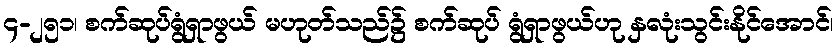
၄-၂၅၁၊ စက်ဆုပ်ရွံရှာဖွယ် မဟုတ်သည်၌ စက်ဆုပ် ရွံရှာဖွယ်ဟု နှလုံးသွင်းနိုင်အောင်၊